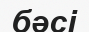
бәсі